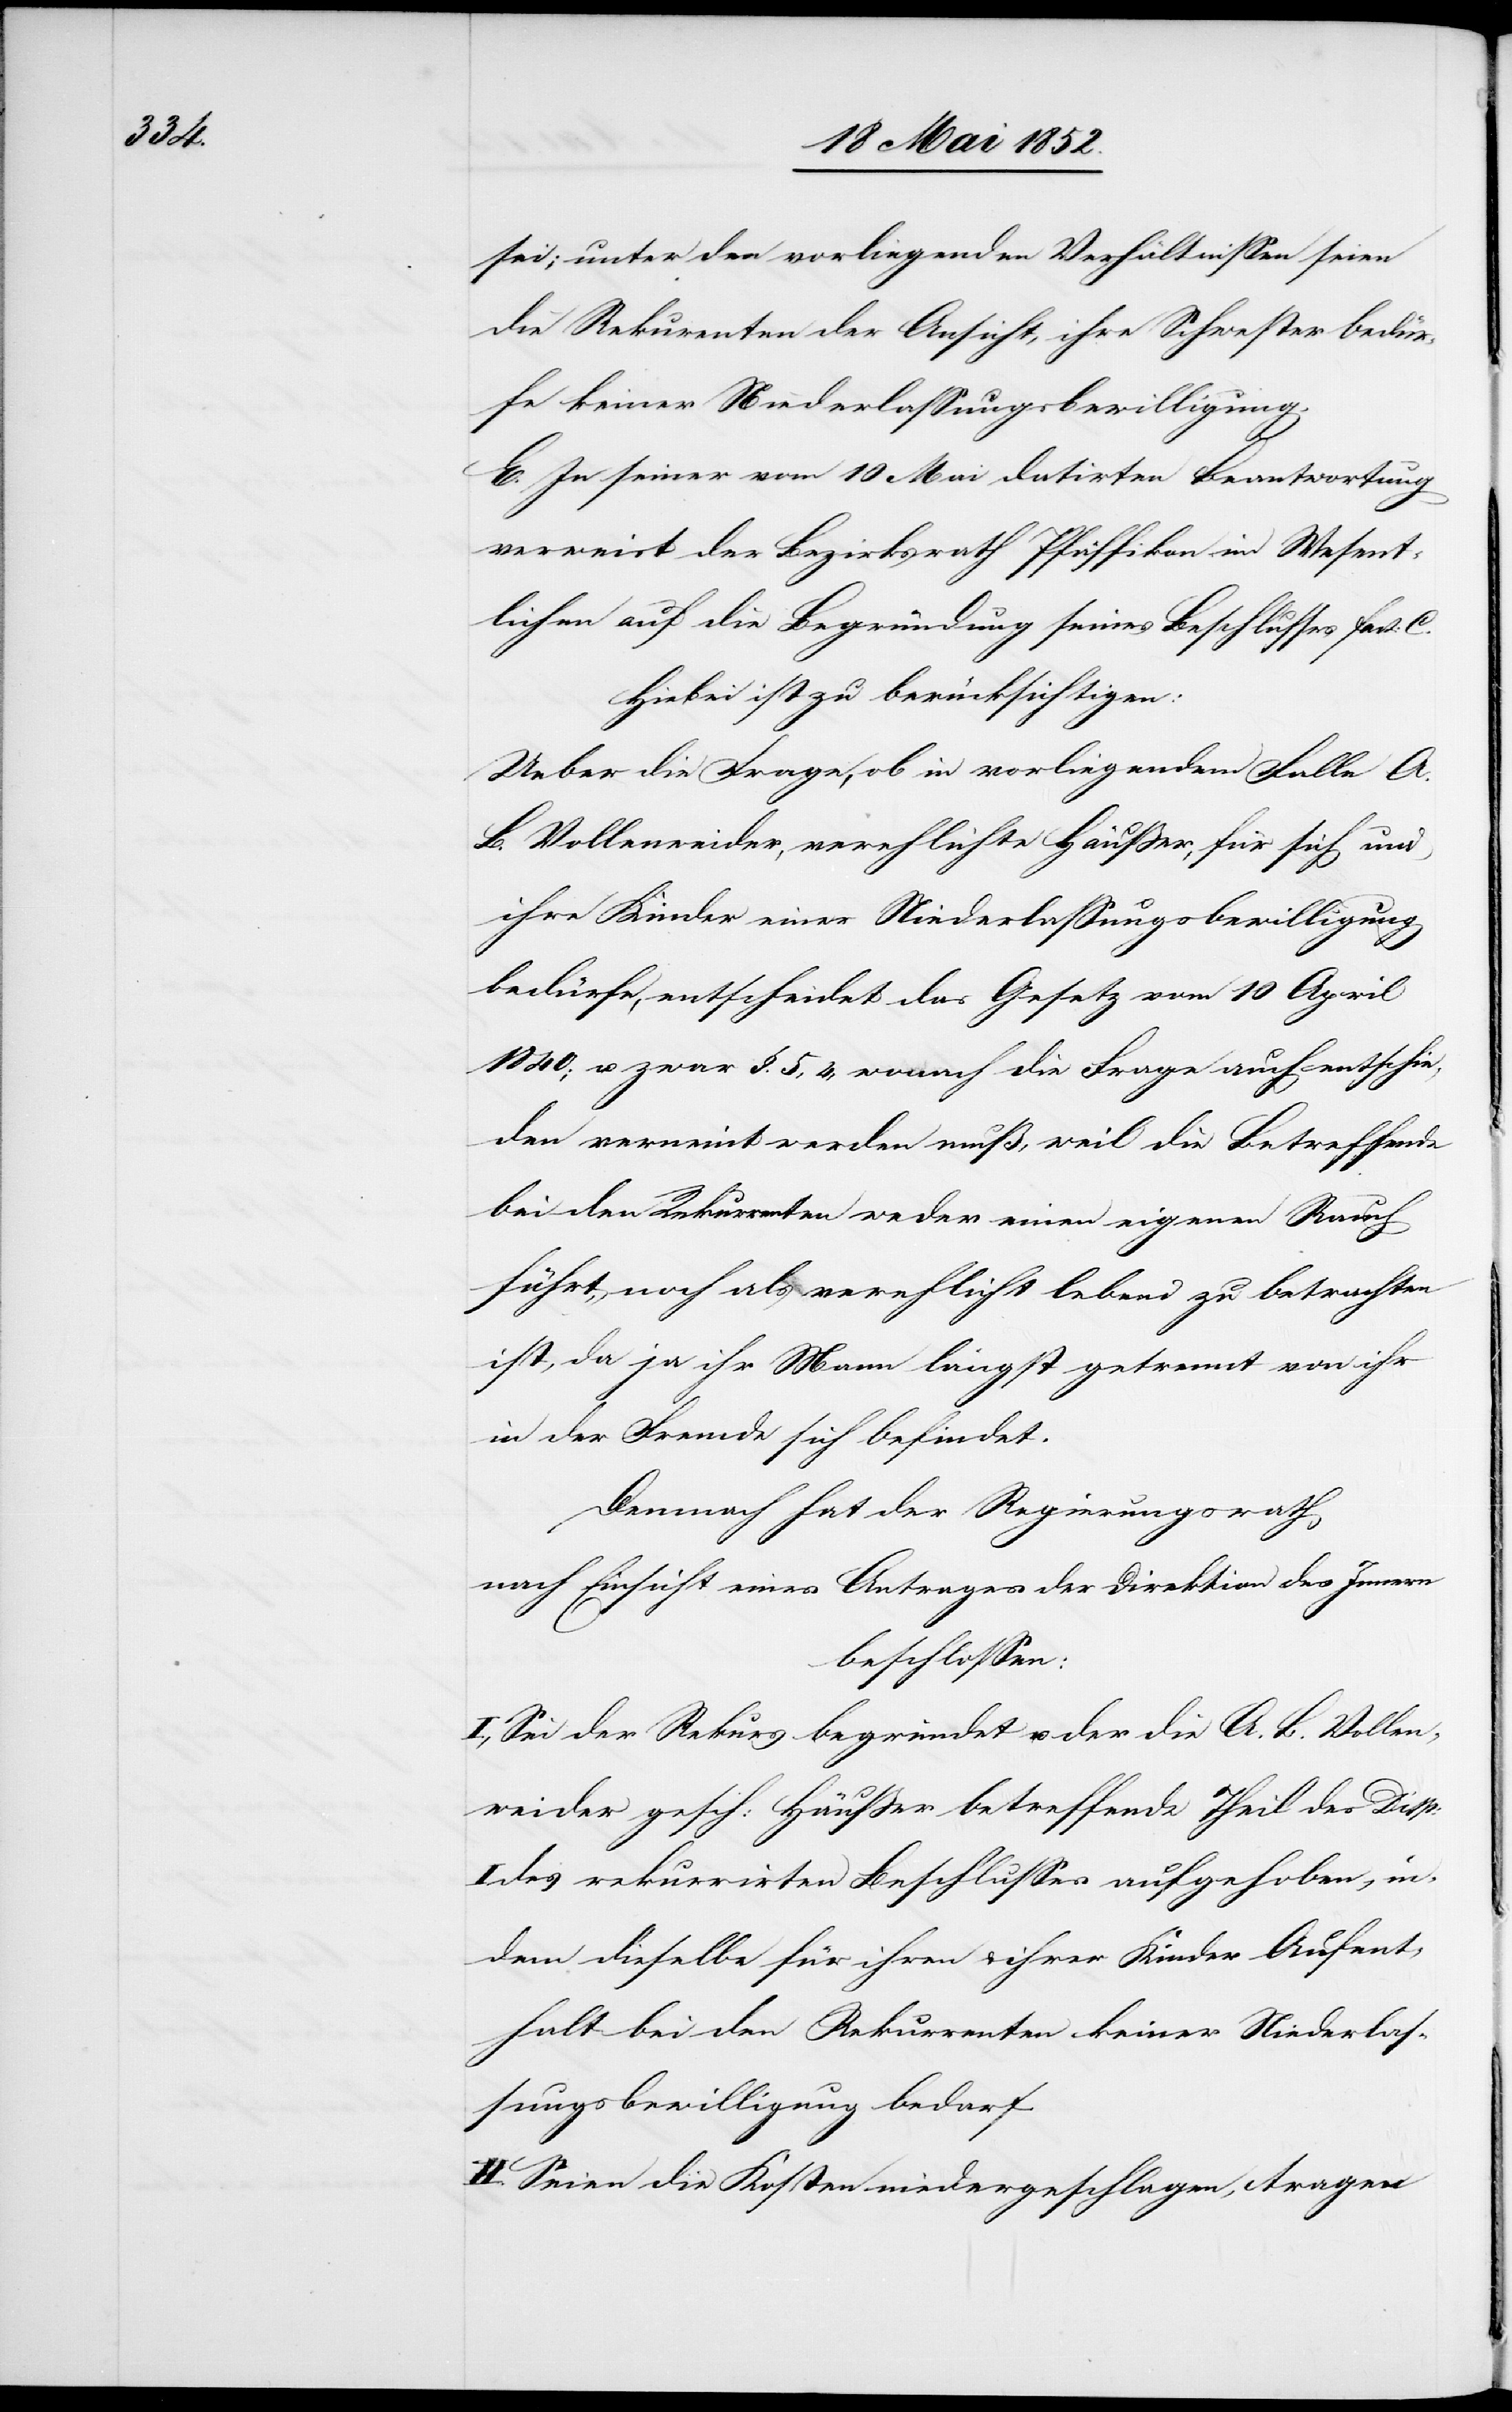
sei; unter den vorliegenden Verhältnissen seien
die Rekurrenten der Ansicht, ihre Schwester bedür¬
fe keiner Niederlassungsbewilligung.
E. In seiner vom 10 Mai datirten Beantwortung
verweist der Bezirksrath Pfäffikon im Wesent¬
lichen auf die Begründung seines Beschlusses fact:
Hiebei ist zu berücksichtigen:
Ueber die Frage, ob in vorliegendem Falle A.
B. Vollenweider, verehlichte Häusser, für sich und
ihre Kinder einer Niederlassungsbewilligung
bedürfe, entscheidet das Gesetz vom 10 April
1840; u. zwar §. 5, 4, wonach die Frage auch entschie¬
den verneint werden muß, weil die Betreffende
bei den Rekurrenten weder einen eigenen Rauch
führt, noch als verehlicht lebend zu betrachten
ist, da ja ihr Mann längst getrennt von ihr
in der Fremde sich befindet.
Demnach hat der Regierungsrath
nach Einsicht eines Antrages der Direktion des Innern
beschlossen:
I., Sei der Rekurs begründet u. der die A. B. Vollen¬
weider gesch: Häusser betreffende Theil des Disp:
I des rekurrirten Beschlusses aufgehoben, in¬
dem dieselbe für ihren & ihrer Kinder Aufent¬
halt bei den Rekurrenten keiner Niederlas¬
sungsbewilligung bedarf.
II. Seien die Kosten niedergeschlagen, tragen